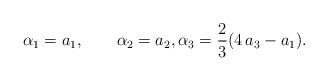
LaTeX: \begin{align*}\alpha_1={a_1 }, \qquad\alpha_2={a_2}, \alpha_3=\frac{2}{3}(4\,a_3-a_1).\end{align*}